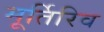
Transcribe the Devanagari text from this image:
मूर्तिरिव